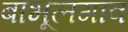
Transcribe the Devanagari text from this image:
बाभूलगाव